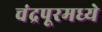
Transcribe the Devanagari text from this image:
चंद्रपूरमध्ये